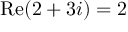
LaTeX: \operatorname { R e } ( 2 + 3 i ) = 2 \quad